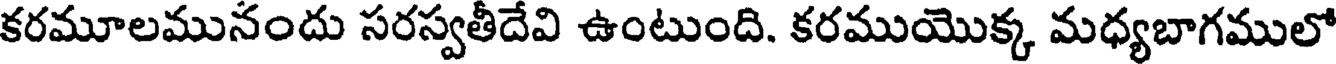
కరమూలమునందు సరస్వతీదేవి ఉంటుంది. కరముయొక్క మధ్యబాగములో